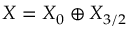
{ \cal X } = { \cal X } _ { 0 } \oplus { \cal X } _ { 3 / 2 }